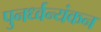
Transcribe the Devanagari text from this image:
पुनर्ध्वन्यंकन